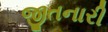
જીતનારી